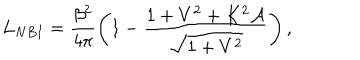
L _ { N B I } = \frac { \beta ^ { 2 } } { 4 \pi } \left( 1 - \frac { 1 + V ^ { 2 } + K ^ { 2 } \mathcal { A } } { \sqrt { 1 + V ^ { 2 } } } \right) ,